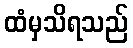
ထံမှသိရသည်